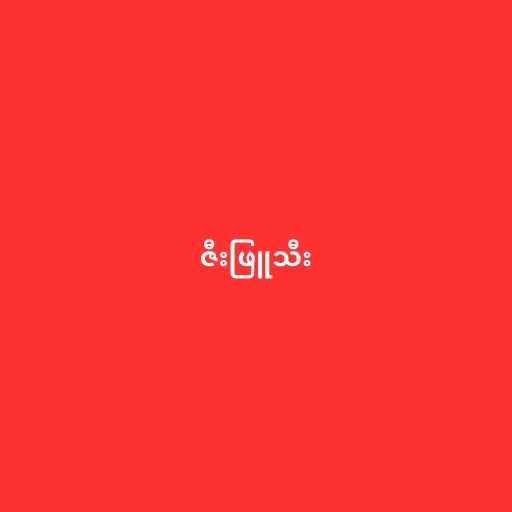
ဇီးဖြူသီး